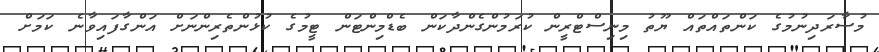
މުސާރަދިނުމުގެ ކަންތައްތައް ޔޫތު މިނިސްޓްރީން ކުރަމުންގެންދާކަން ބެޑްމިންޓަން ޓީމުގެ ކުޅުންތެރިންނަށް އަންގާފައިވާނެ ކަމަށް